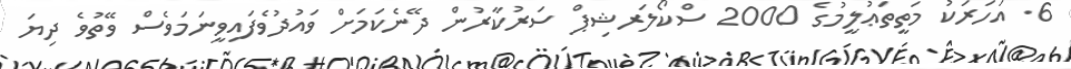
6. އަހަރަކު މަތީތަޢުލީމުގެ 2000 ސްކޯލަރޝިޕް ސަރުކާރުން ދޭނެކަމަށް ވައުދުވެފައިވީނަމަވެސް ވޭތުވެ ދިޔަ